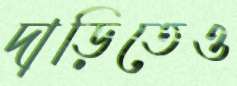
দাড়িতেও